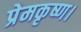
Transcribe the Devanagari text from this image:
प्रेमकृष्ण।